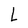
Character: L